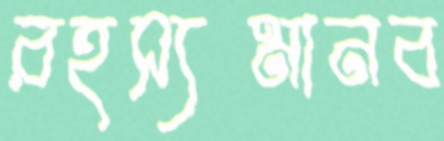
রহস্যমানব